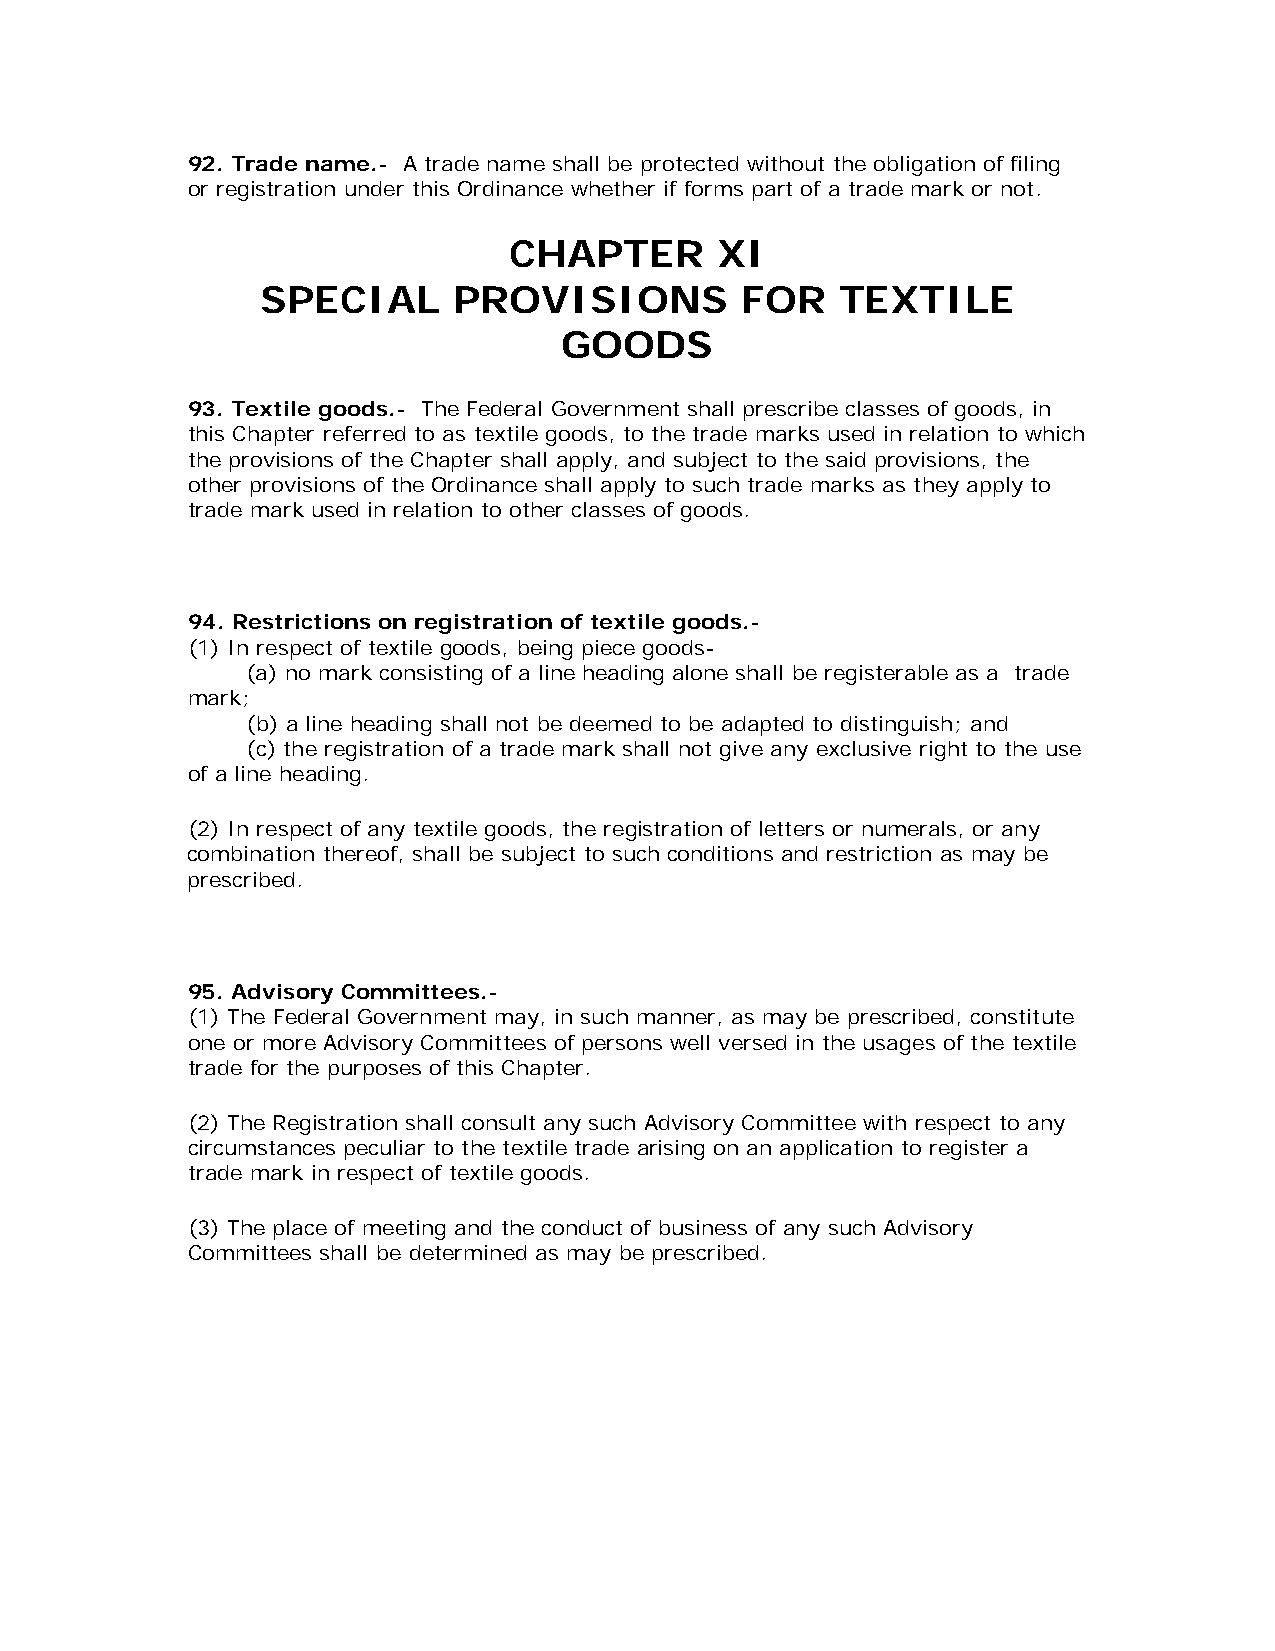
92. Trade name.- A trade name shall be protected without the obligation of filing
 or registration under this Ordinance whether if forms part of a trade mark or not.
 CHAPTER      XI
 SPECIAL      PROVISIONS         FOR    TEXTILE
 GOODS
 93. Textile goods.- The Federal Government shall prescribe classes of goods, in
 this Chapter referred to as textile goods, to the trade marks used in relation to which
 the provisions of the Chapter shall apply, and subject to the said provisions, the
 other provisions of the Ordinance shall apply to such trade marks as they apply to
 trade mark used in relation to other classes of goods.
 94. Restrictions on registration of textile goods.-
 (1) In respect of textile goods, being piece goods-
 (a) no mark consisting of a line heading alone shall be registerable as a trade
 mark;
 (b) a line heading shall not be deemed to be adapted to distinguish; and
 (c) the registration of a trade mark shall not give any exclusive right to the use
 of a line heading.
 (2) In respect of any textile goods, the registration of letters or numerals, or any
 combination thereof, shall be subject to such conditions and restriction as may be
 prescribed.
 95. Advisory Committees.-
 (1) The Federal Government may, in such manner, as may be prescribed, constitute
 one or more Advisory Committees of persons well versed in the usages of the textile
 trade for the purposes of this Chapter.
 (2) The Registration shall consult any such Advisory Committee with respect to any
 circumstances peculiar to the textile trade arising on an application to register a
 trade mark in respect of textile goods.
 (3) The place of meeting and the conduct of business of any such Advisory
 Committees shall be determined as may be prescribed.